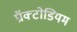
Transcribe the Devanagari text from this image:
प्रॉक्टोडियम